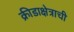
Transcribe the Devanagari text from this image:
क्रीडाक्षेत्राची